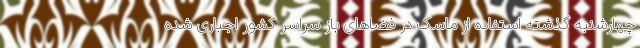
چهارشنبه گذشته استفاده از ماسک در فضاهای باز سراسر کشور اجباری شده